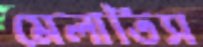
মেলাতিস